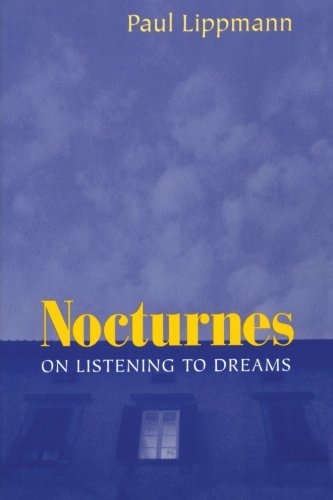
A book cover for Nocturnes: On Listening to Dreams; Paul Lippmann; Self-Help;